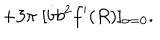
+ 3 \pi \; [ \dot { b } b ^ { 2 } f ^ { \prime } ( R ) ] _ { \sigma = 0 } .